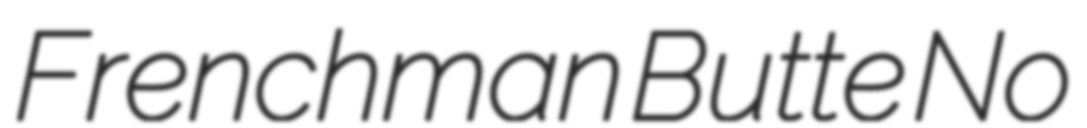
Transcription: Frenchman Butte No